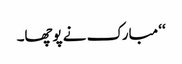
‘‘ مبارک نے پوچھا۔